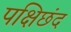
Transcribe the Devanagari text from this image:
पक्षिछंद